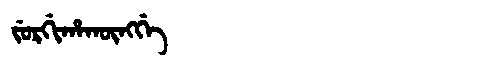
Manchu: ᠵᡠᡵᡤᡳᡥᠠᡴᡡᠩᡤᡝ
Romanization: JURGIHAKŪNGGE